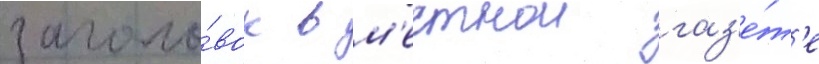
заголо́вок в м'естнои газ'е́т'е